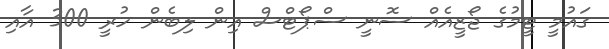
ގައުމީ ޓީމުގެ ޖޯޒީއެއް ސޮނީ ސްޕޯޓްސް އިން ލިބެން ހުރީ 300 އާއި